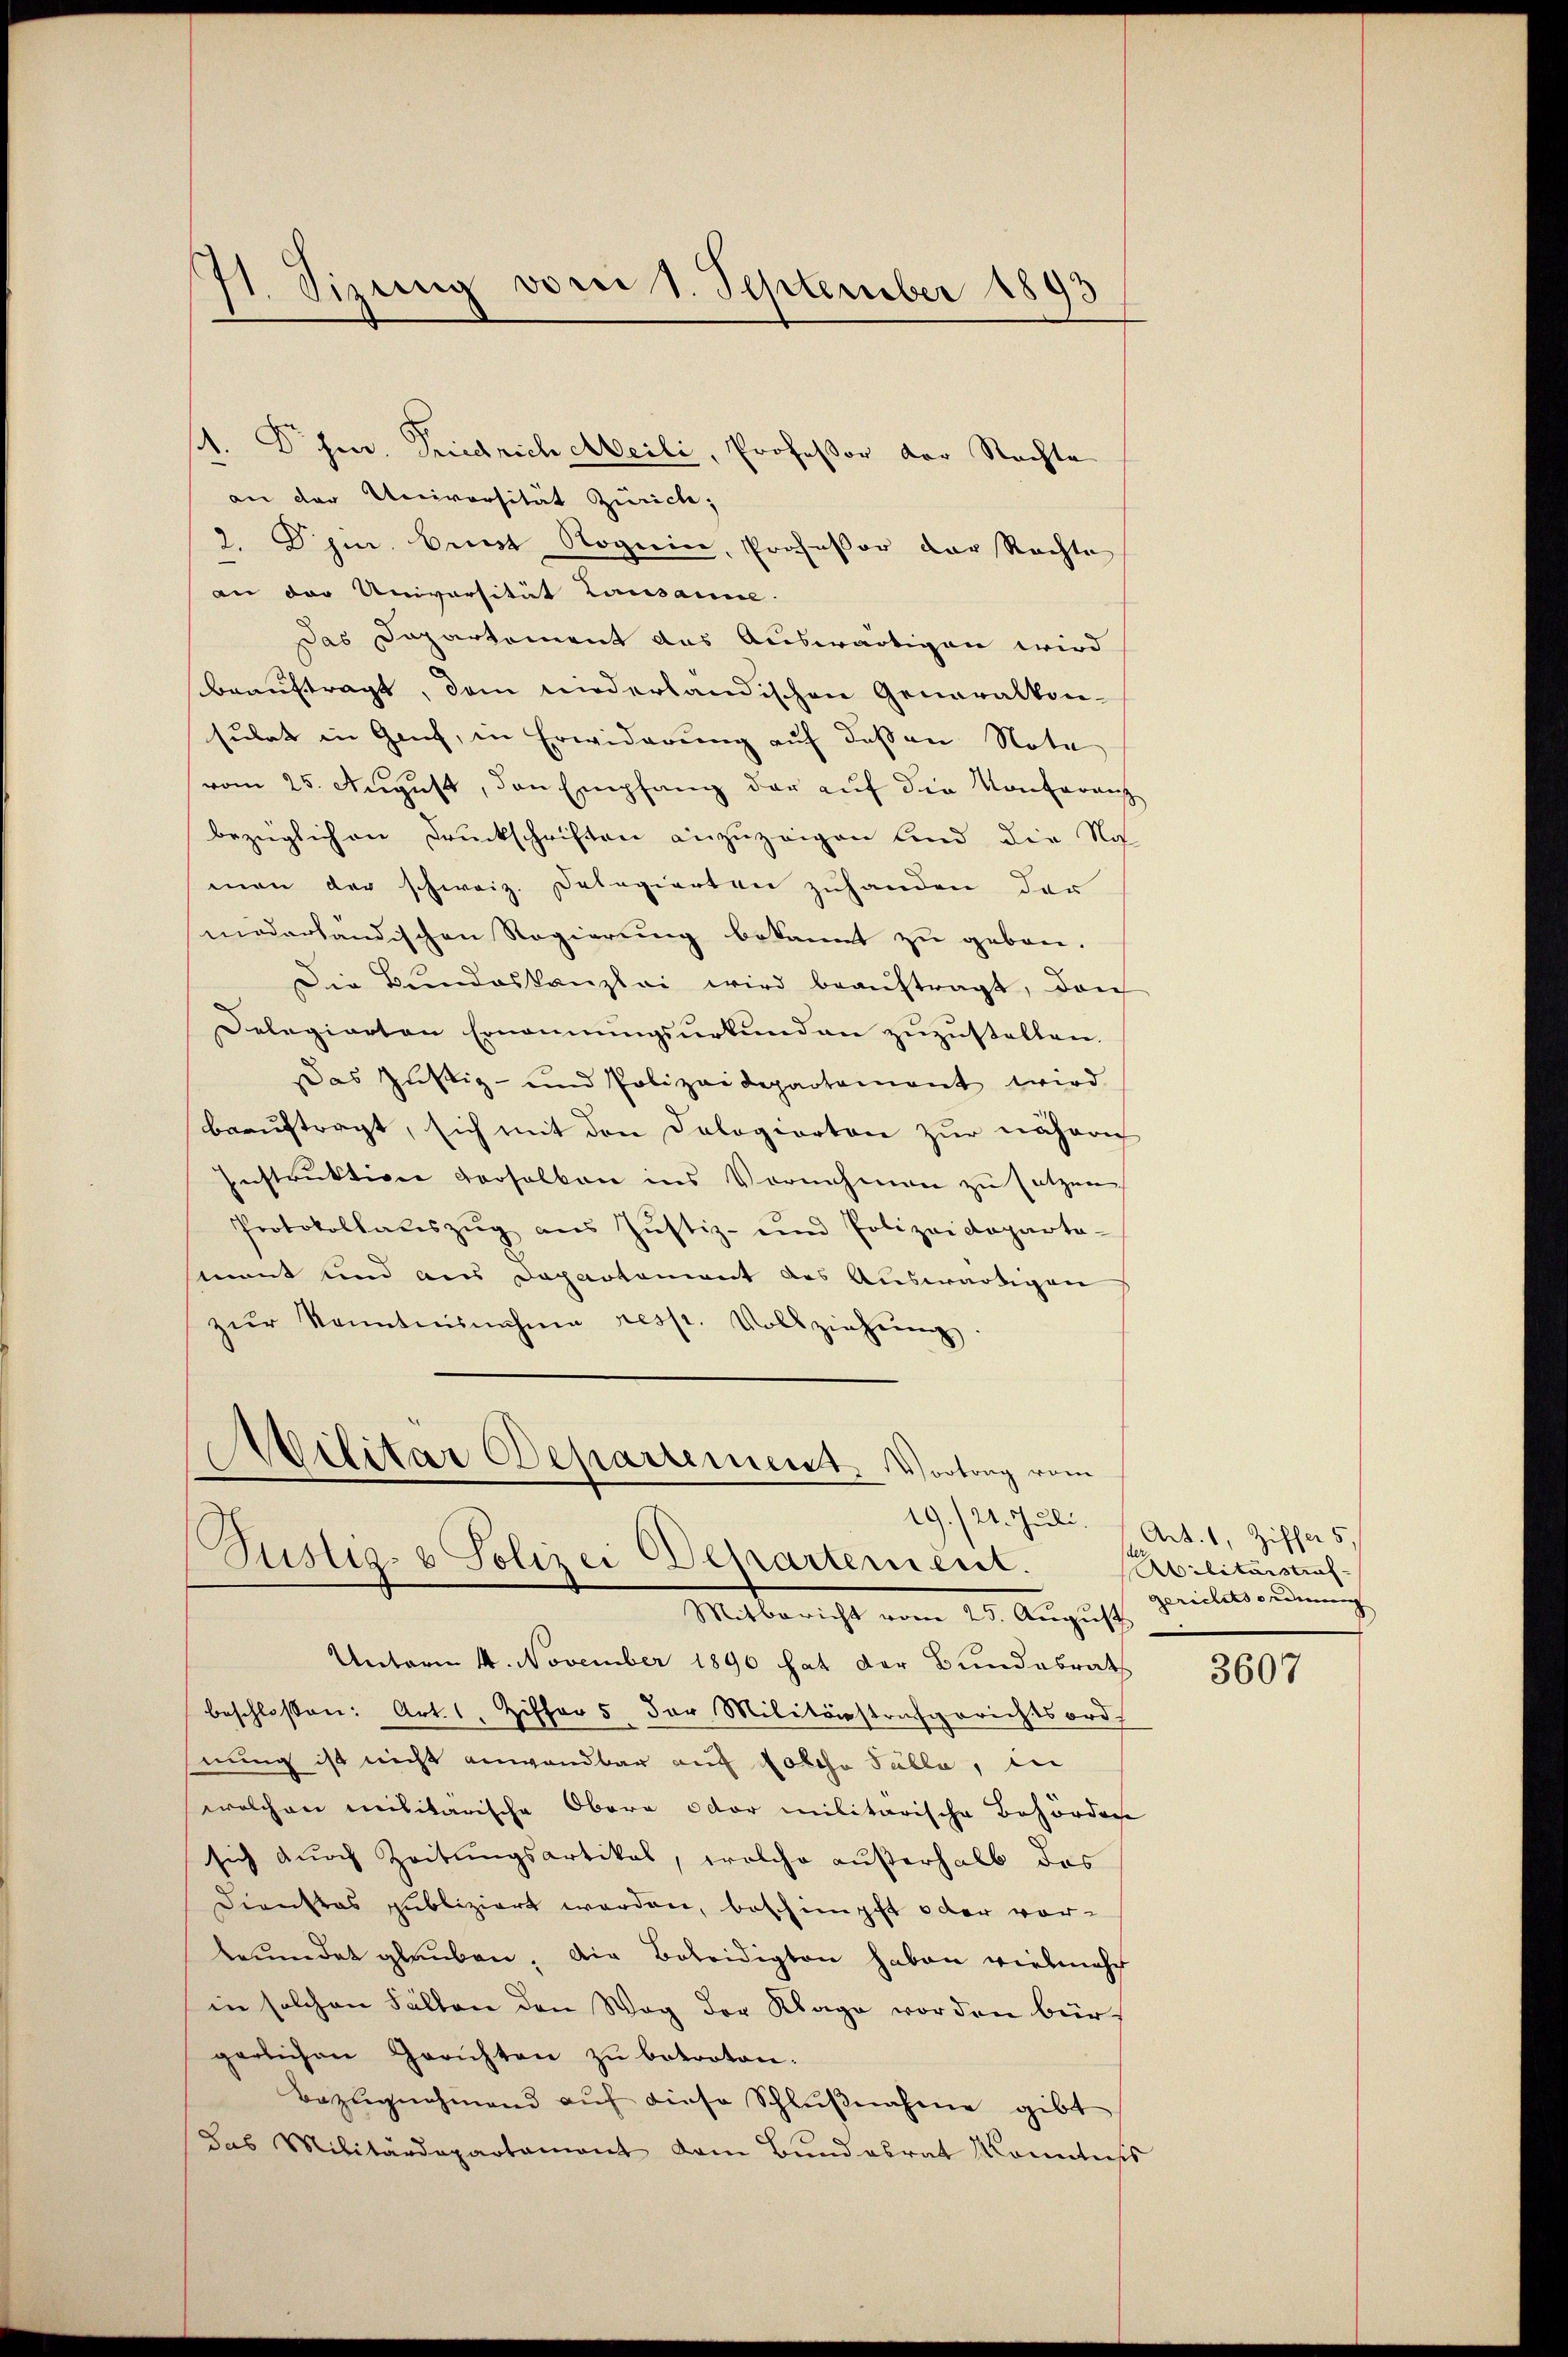
11. Sizung vom 1. September 1893

1. Chr. Friedrich Meili, Professor der Nachte
an der Universität Zürich,
2. Ohm. Bunt Rogien, Professor der Rechte
an der Universität Lausanne.
Das Dapartement das Auswärtigen wird
beauftragt, dem niederländischen Generalkon-
subet in Genf, in Erwiderung auf dessen Nota
vom 25. August, den Empfang der auf die Konferenz
bezüglichen Druckschriften anzuzeigen sind die Nos-
men der schweiz. Delegierten zuhanden der
modarländischen Regierung bekannt zu geben.
Die Bundeskanzlei wird beaŭftragt, dan
Delegierten Ernennungsurkunden zuzustellen.
Das Justiz- und Polizeidepartement wird
beauftragt, sich mit den Dologierten zur näherig
Instruktion verselben ins Vornehmen zu setzen
Protokollaŭszŭg aŭs Jŭstiz- und Polizeideparta-
ment und aus Departement des Auswärtigen
zŭr Kenntnisnahme resp. Vollziehung
Militar Departement. Vortrag vom

Mitbericht vom 25. August
Unterm 14. November 1890 hat der Bundesrath
beschlossen: Art. 1 Ziffer 5. der Militärstrafgerichtsord
nung ist nicht anwendbar auf folche Fälle, in
welchen militärische Obera oder militarische Behörden
sich durch Zeitungsartikal, welche außerhalb das
Dienstas publiziert werden, beschimpft oder vorbeŭndet glauben. Die Beleidigten haben vielmehr
in solchen Fällen den Weg der Klage vorden bür-
gerlichen Gerichten zŭ betreten.
Bezugnahmend aŭf diese Schlŭβnahme gibt
das Militärdepartament dem Bund abrat Kenntniss

Justiz- & Polizei Departement.

19./21. Juli. Art. 1, Ziffer 5
Abilitärstraf
gerichtsordnung

3607